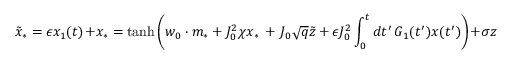
\tilde { x } _ { * } = \epsilon x _ { 1 } ( t ) + x _ { * } = \mathrm { t a n h } \left( w _ { 0 } \cdot m _ { * } + J _ { 0 } ^ { 2 } \chi x _ { * } \, + \, J _ { 0 } \sqrt { q } \tilde { z } + \epsilon J _ { 0 } ^ { 2 } \int _ { 0 } ^ { t } d t ^ { \prime } \, G _ { 1 } ( t ^ { \prime } ) x ( t ^ { \prime } ) \right) + \sigma z